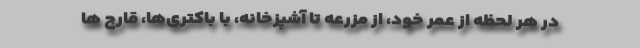
در هر لحظه از عمر خود، از مزرعه تا آشپزخانه، با باکتری‌ها، قارچ ها